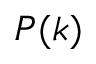
P ( k )